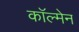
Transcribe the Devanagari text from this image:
काॅल्मेन